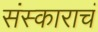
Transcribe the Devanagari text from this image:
संस्काराचं